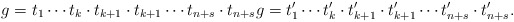
\begin{align*}g=t_1\cdots t_k\cdot t_{k+1} \cdot t_{k+1} \cdots t_{n+s} \cdot t_{n + s}g=t'_1\cdots t'_k\cdot t'_{k+1}\cdot t'_{k+1}\cdots t'_{n+s}\cdot t'_{n+s}.\end{align*}